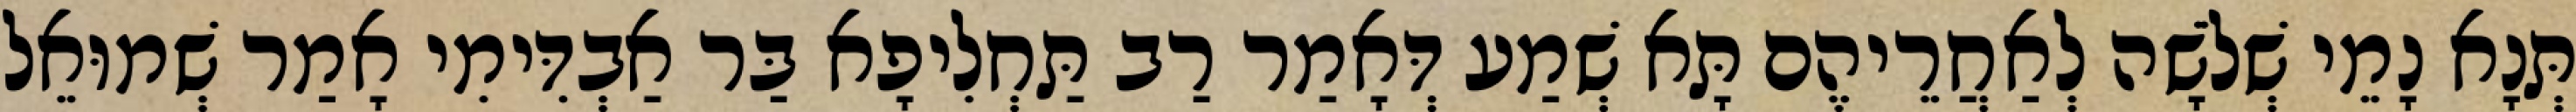
תְּנָא נָמֵי שְׁלֹשָׁה לְאַחֲרֵיהֶם תָּא שְׁמַע דְּאָמַר רַב תַּחְלִיפָא בַּר אַבְדִּימִי אָמַר שְׁמוּאֵל